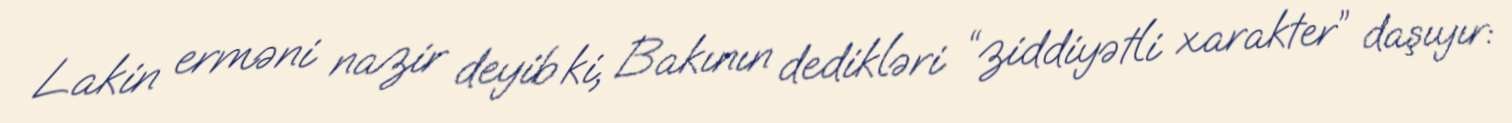
Lakin erməni nazir deyib ki, Bakının dedikləri “ziddiyətli xarakter” daşıyır: